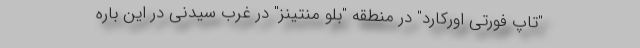
"تاپ فورتی اورکارد" در منطقه "بلو منتینز" در غرب سیدنی در این باره